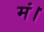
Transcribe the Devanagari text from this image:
मं।